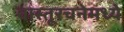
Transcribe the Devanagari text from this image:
वास्तूरचनेमध्ये